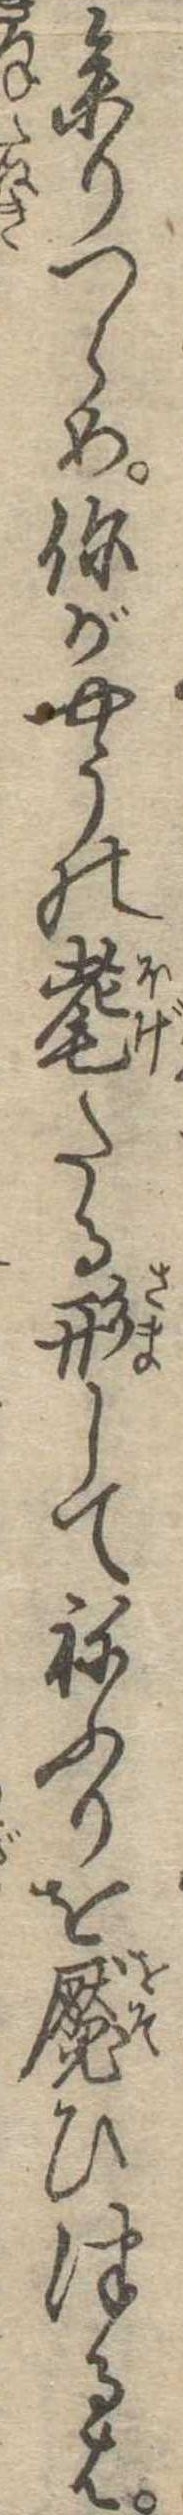
参りつらめがやうの耄たる形してねふりを魘ひつるは